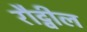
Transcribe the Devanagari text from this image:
रौट्वील